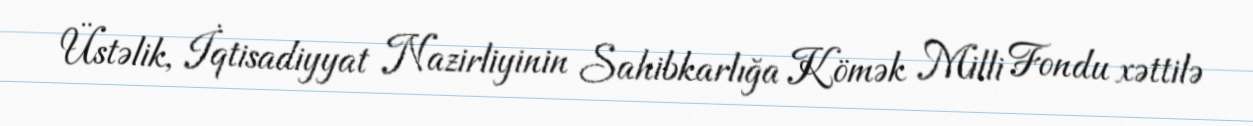
Üstəlik, İqtisadiyyat Nazirliyinin Sahibkarlığa Kömək Milli Fondu xəttilə